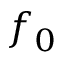
f _ { 0 }